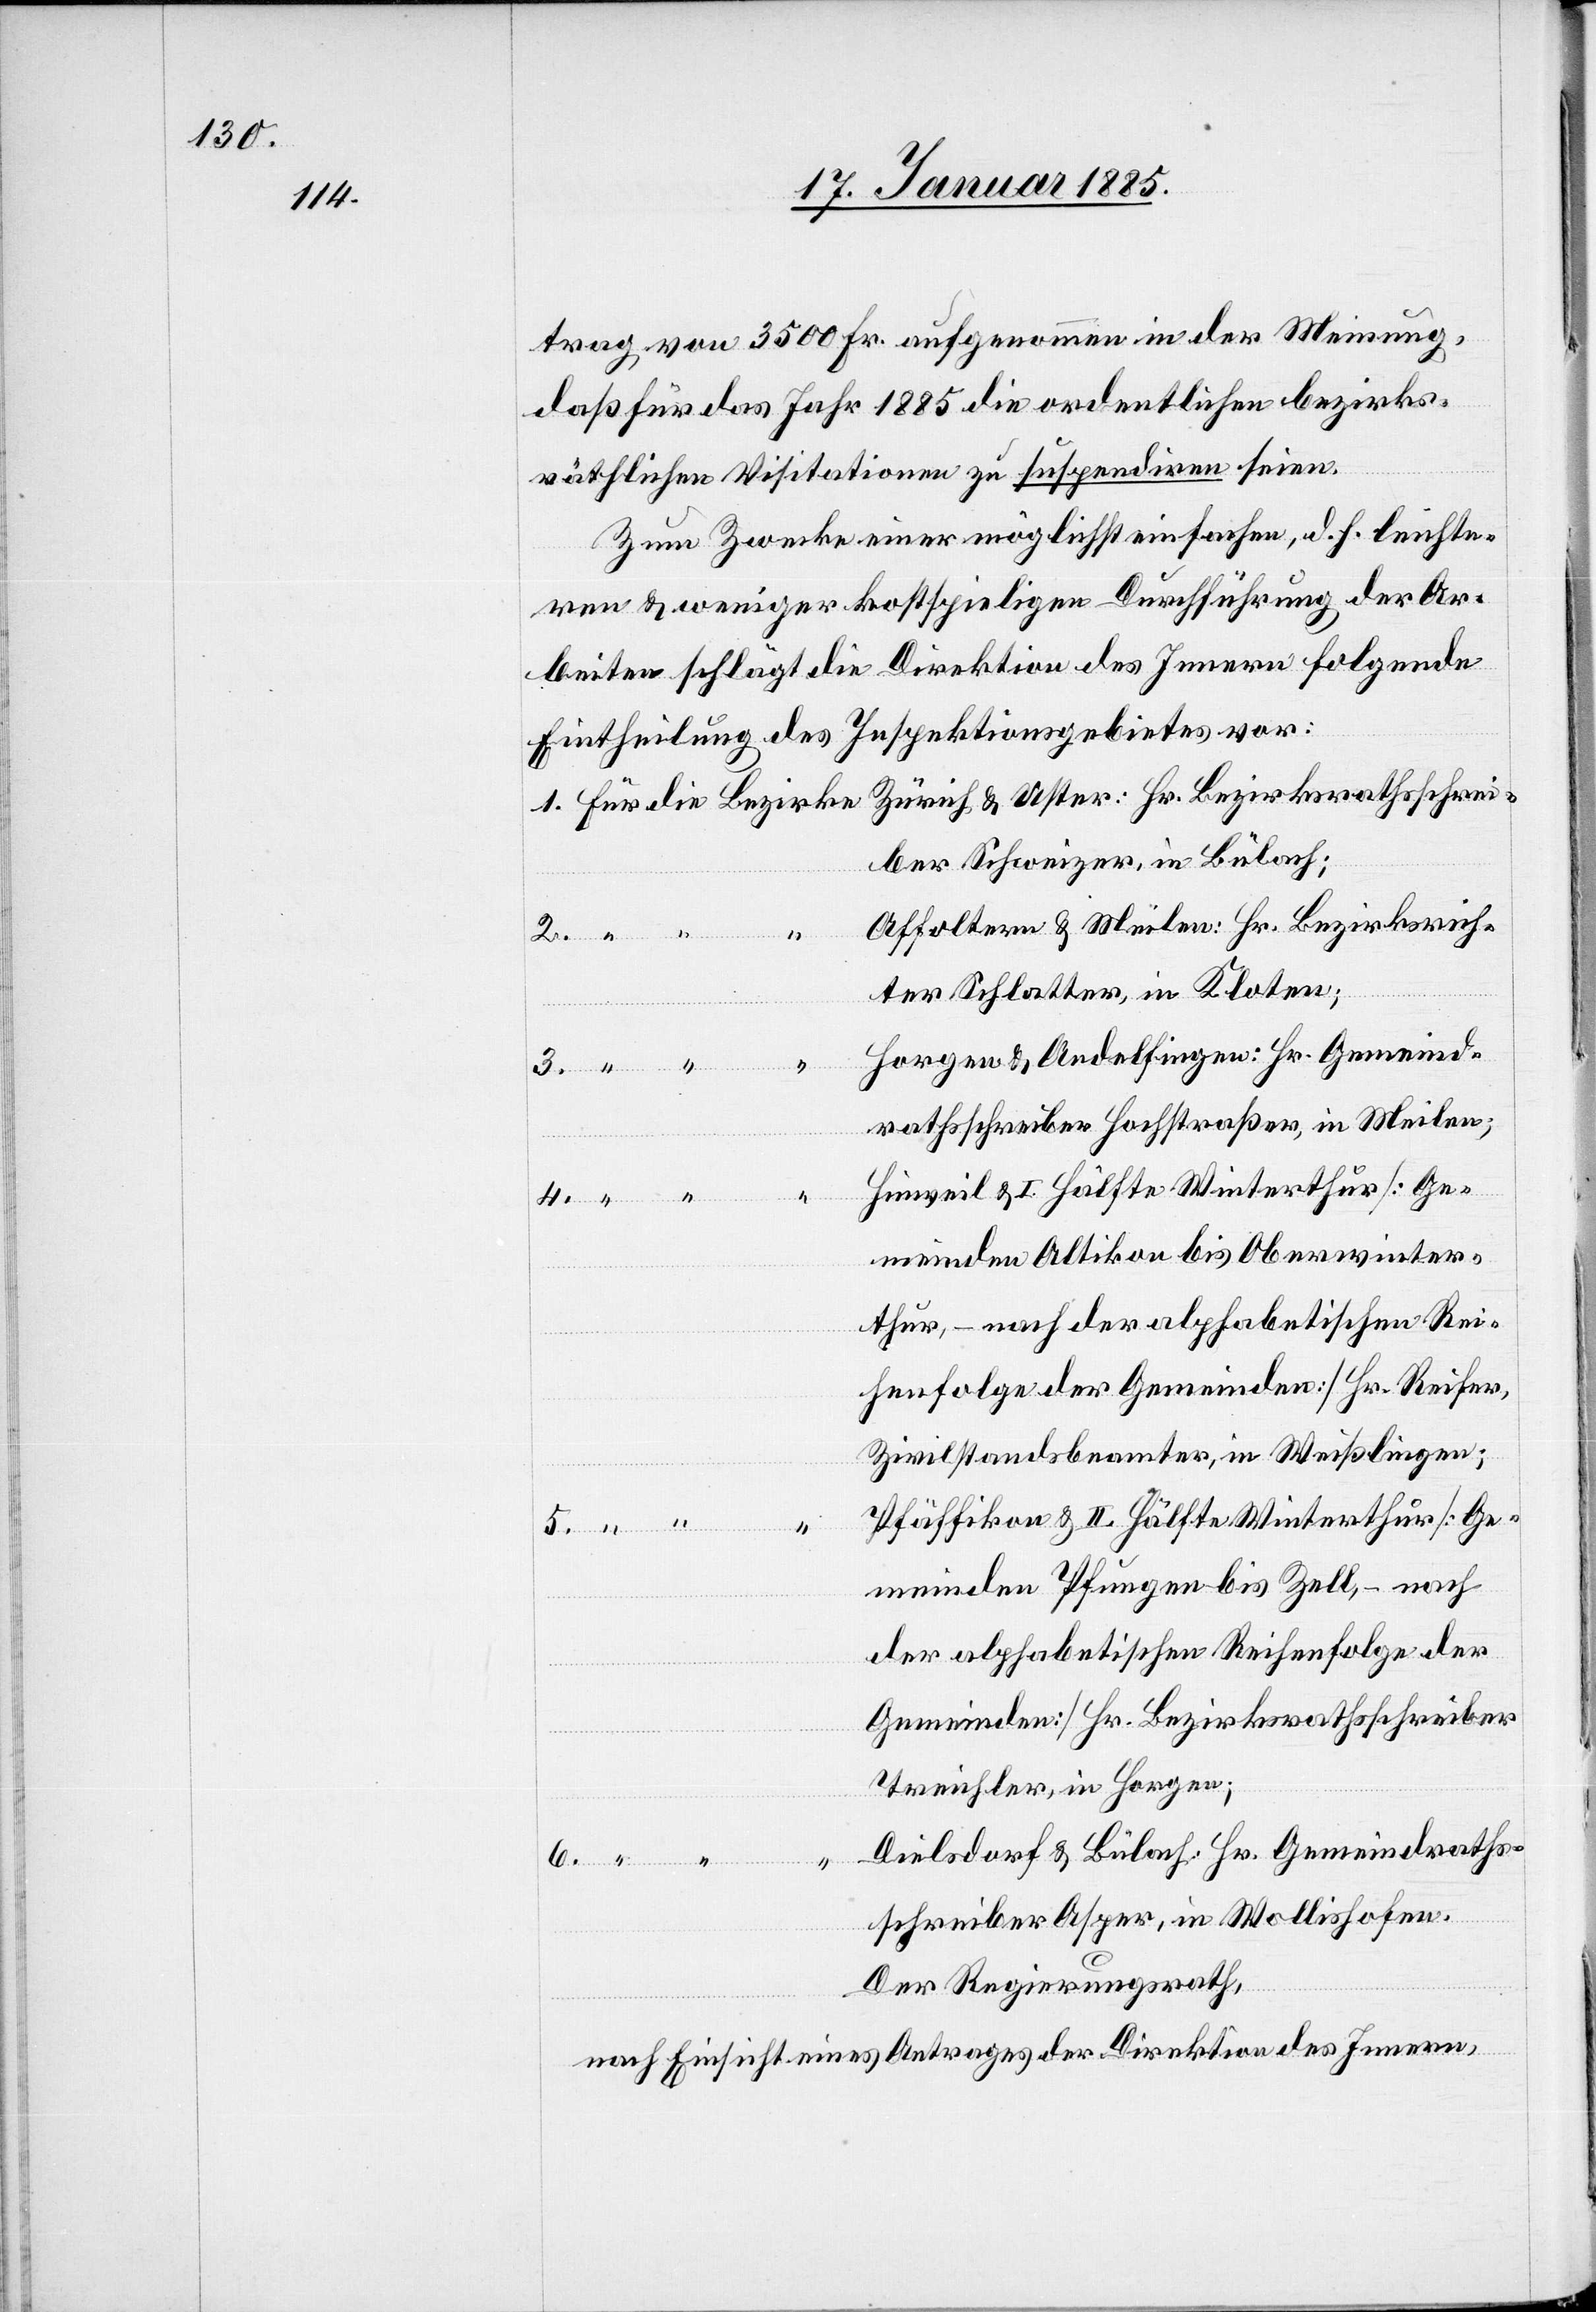
trag von 3500 Fr. aufgenommen in der Meinung,
daß für das Jahr 1885 die ordentlichen bezirks¬
räthlichen Visitationen zu suspendiren seien.
Zum Zwecke einer möglichst einfachen, d. h. leichte¬
ren & weniger kostspieligen Durchführung der Ar¬
beiten schlägt die Direktion des Innern folgende
Eintheilung des Inspektionsgebietes vor:
ber Schweizer, in Bülach;
Affoltern & Meilen: Hr. Bezirksrich¬
ksrathss¬
1.
ter Schlatter, in Kloten;
Horgen & Andelfingen: Hr. Gemeind¬
rathsschreiber Hochstraßer, in Meilen;
Hinweil & I. Hälfte Winterthur [Ge¬
meinden Altikon bis Oberwinter¬
thur, – nach der alphabetischen Rei¬
henfolge der Gemeinden] Hr. Reifer,
Zivilstandsbeamter, in Weißlingen;
Pfäffikon & II. Hälfte Winterthur [Ge¬
meinden Pfungen bis Zell, – nach
der alphabetischen Reihenfolge der
Gemeinden] Hr. Bezirksrathsschreiber
chrei¬
Treichler, in Horgen;
Dielsdorf & Bülach: Hr. Gemeindraths¬
6.
“
schreiber Asper, in Wollishofen.
Der Regierungsrath,
nach Einsicht eines Antrages der Direktion des Innern,